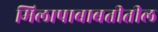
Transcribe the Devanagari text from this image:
मिलापाबाबतीतील